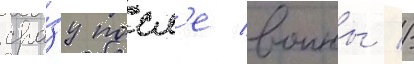
сра́зу посл'е воины //